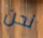
نحن